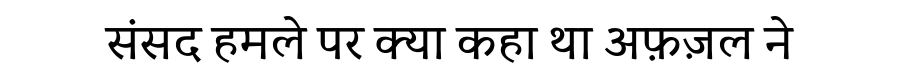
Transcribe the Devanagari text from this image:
संसद हमले पर क्या कहा था अफ़ज़ल ने